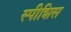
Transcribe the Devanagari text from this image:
स्पीशिस